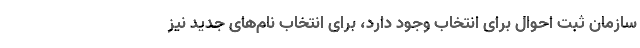
سازمان ثبت احوال برای انتخاب وجود دارد، برای انتخاب نام‌های جدید نیز